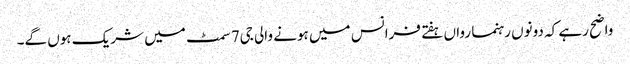
واضح رہے کہ دونوں رہنما رواں ہفتے فرانس میں ہونے والی جی7 سمٹ میں شریک ہوں گے۔